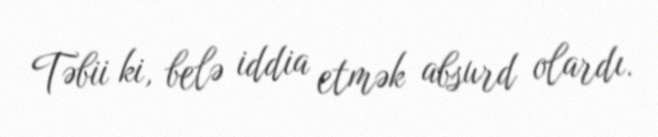
Təbii ki, belə iddia etmək absurd olardı.